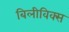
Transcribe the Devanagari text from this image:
बिलीविक्स